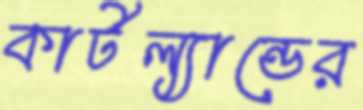
কার্টল্যান্ডের